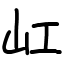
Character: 屸